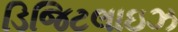
ડિજિટલાઇઝ